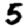
Digit: 5